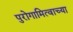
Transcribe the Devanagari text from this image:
पुरोगामित्वाच्या